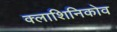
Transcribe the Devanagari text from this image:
क्लाशिनिकोव